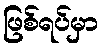
ဖြစ်ရပ်မှာ